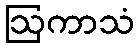
ဩကာသံ